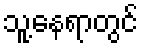
သူ့နေရာတွင်